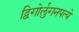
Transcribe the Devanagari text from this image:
द्विगोर्लुगनपत्ये